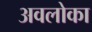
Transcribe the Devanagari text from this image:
अवलोका